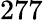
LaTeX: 277